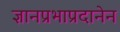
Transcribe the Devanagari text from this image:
ज्ञानप्रभाप्रदानेन